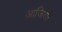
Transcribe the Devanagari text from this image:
आजियो